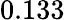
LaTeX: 0.133